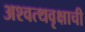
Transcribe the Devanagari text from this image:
अश्वत्थवृक्षाची